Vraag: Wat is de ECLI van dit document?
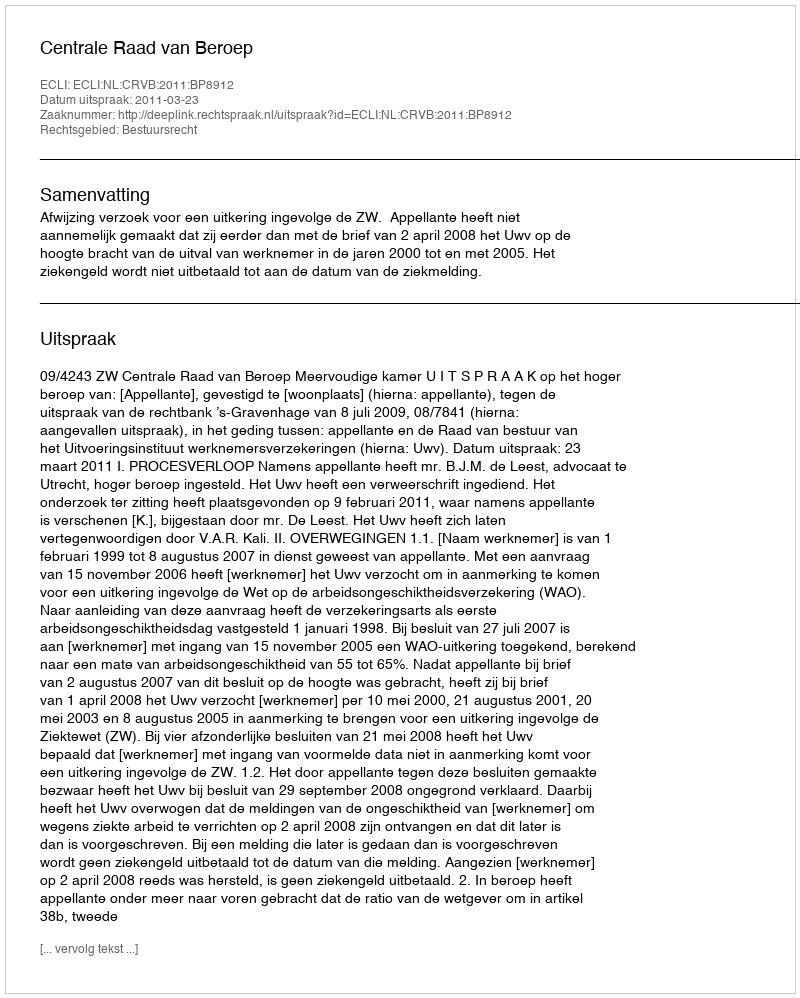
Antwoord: ECLI:NL:CRVB:2011:BP8912